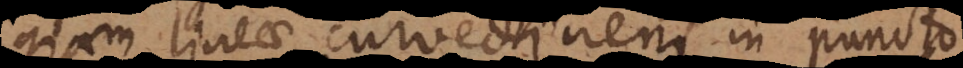
gram lineae curvedinem in puncto